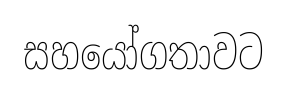
සහයෝගතාවට